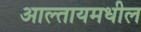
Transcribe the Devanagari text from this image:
आल्तायमधील